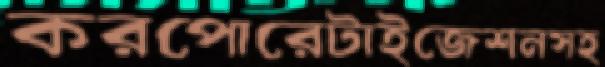
করপোরেটাইজেশনসহ